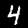
Label: 4